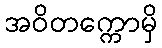
အဝိတက္ကောမှိ